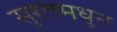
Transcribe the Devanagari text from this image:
सुरतमधून